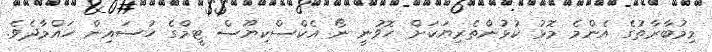
މިމުބާރާތުގެ އެންމެ މޮޅު ކުޅުންތެރިޔަކަށް ހޮވުނީ ނޯ އެކްސްކިޔޫސް ޓީމްގެ ހުސައިން ހައްމާދެވެ.